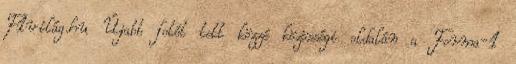
F1világ.hu Újabb fotót tett közzé közösségi oldalán a Forma-1